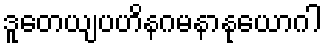
ဒူတေယျပဟိနဂမနာနုယောဂါ